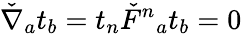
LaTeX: \check{\nabla}_{a}t_{b}=t_{n}\check{F}{}^{n}{}_{a}t_{b}=0